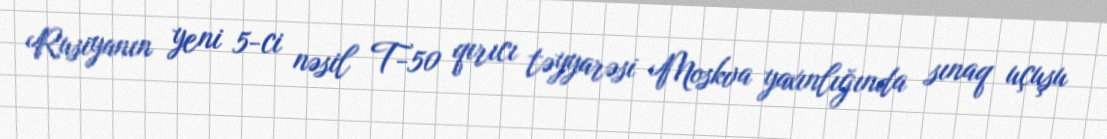
Rusiyanın yeni 5-ci nəsil T-50 qırıcı təyyarəsi Moskva yaxınlığında sınaq uçuşu